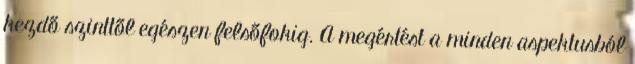
kezdő szinttől egészen felsőfokig. A megértést a minden aspektusból